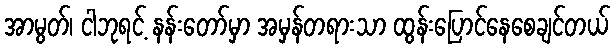
အာမွတ်၊ ငါဘုရင့် နန်းတော်မှာ အမှန်တရားသာ ထွန်းပြောင်နေစေချင်တယ်